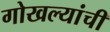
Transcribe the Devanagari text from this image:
गोखल्यांची